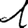
Digit: 1